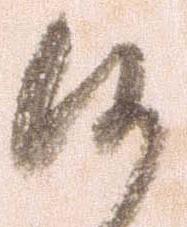
候